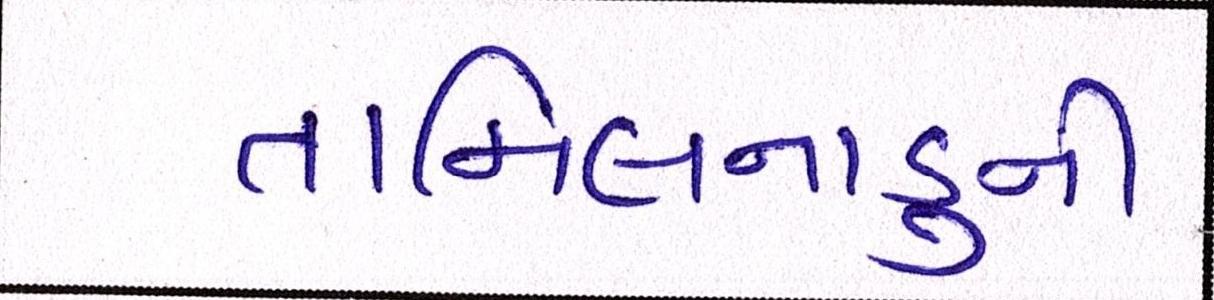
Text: તામિલનાડુની